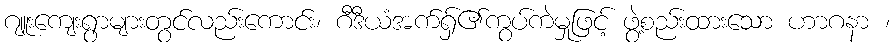
ဂျူးကျေးရွာများတွင်လည်းကောင်း၊ ဂီဒီယံအက်ရှ်၏ကွပ်ကဲမှုဖြင့် ဖွဲ့စည်းထားသော ဟာဂနာ ၊